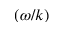
( \omega / k )